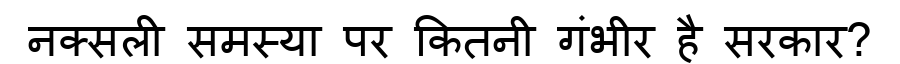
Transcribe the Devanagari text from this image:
नक्सली समस्या पर कितनी गंभीर है सरकार?